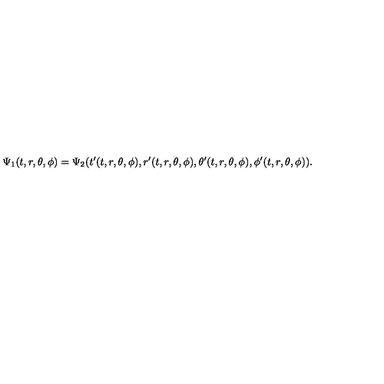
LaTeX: \Psi _ { 1 } ( t , r , \theta , \phi ) = \Psi _ { 2 } ( t ^ { \prime } ( t , r , \theta , \phi ) , r ^ { \prime } ( t , r , \theta , \phi ) , \theta ^ { \prime } ( t , r , \theta , \phi ) , \phi ^ { \prime } ( t , r , \theta , \phi ) ) .